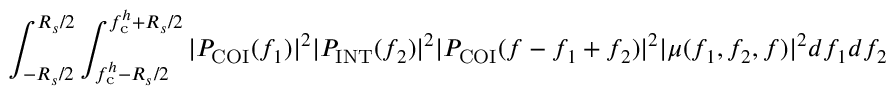
\int _ { - R _ { s } / 2 } ^ { R _ { s } / 2 } \int _ { f _ { \mathrm { c } } ^ { h } - R _ { s } / 2 } ^ { f _ { \mathrm { c } } ^ { h } + R _ { s } / 2 } | P _ { \mathrm { C O I } } ( f _ { 1 } ) | ^ { 2 } | P _ { \mathrm { I N T } } ( f _ { 2 } ) | ^ { 2 } | P _ { \mathrm { C O I } } ( f - f _ { 1 } + f _ { 2 } ) | ^ { 2 } | \mu ( f _ { 1 } , f _ { 2 } , f ) | ^ { 2 } d f _ { 1 } d f _ { 2 }